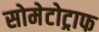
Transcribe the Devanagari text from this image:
सोमेटोट्राफ